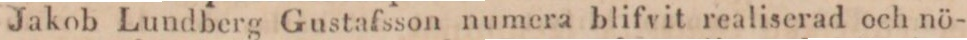
Jakob Lundberg Gustafsson numera blifvit realiserad och nö-